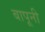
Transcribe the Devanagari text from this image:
बापूनी